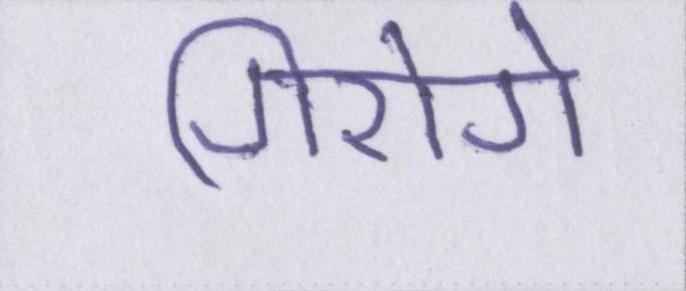
गिरोगे